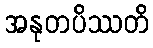
အနုတပိဿတိ